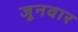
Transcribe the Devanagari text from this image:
जूनवार